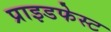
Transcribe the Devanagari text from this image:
प्राइडफेस्ट